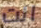
انت